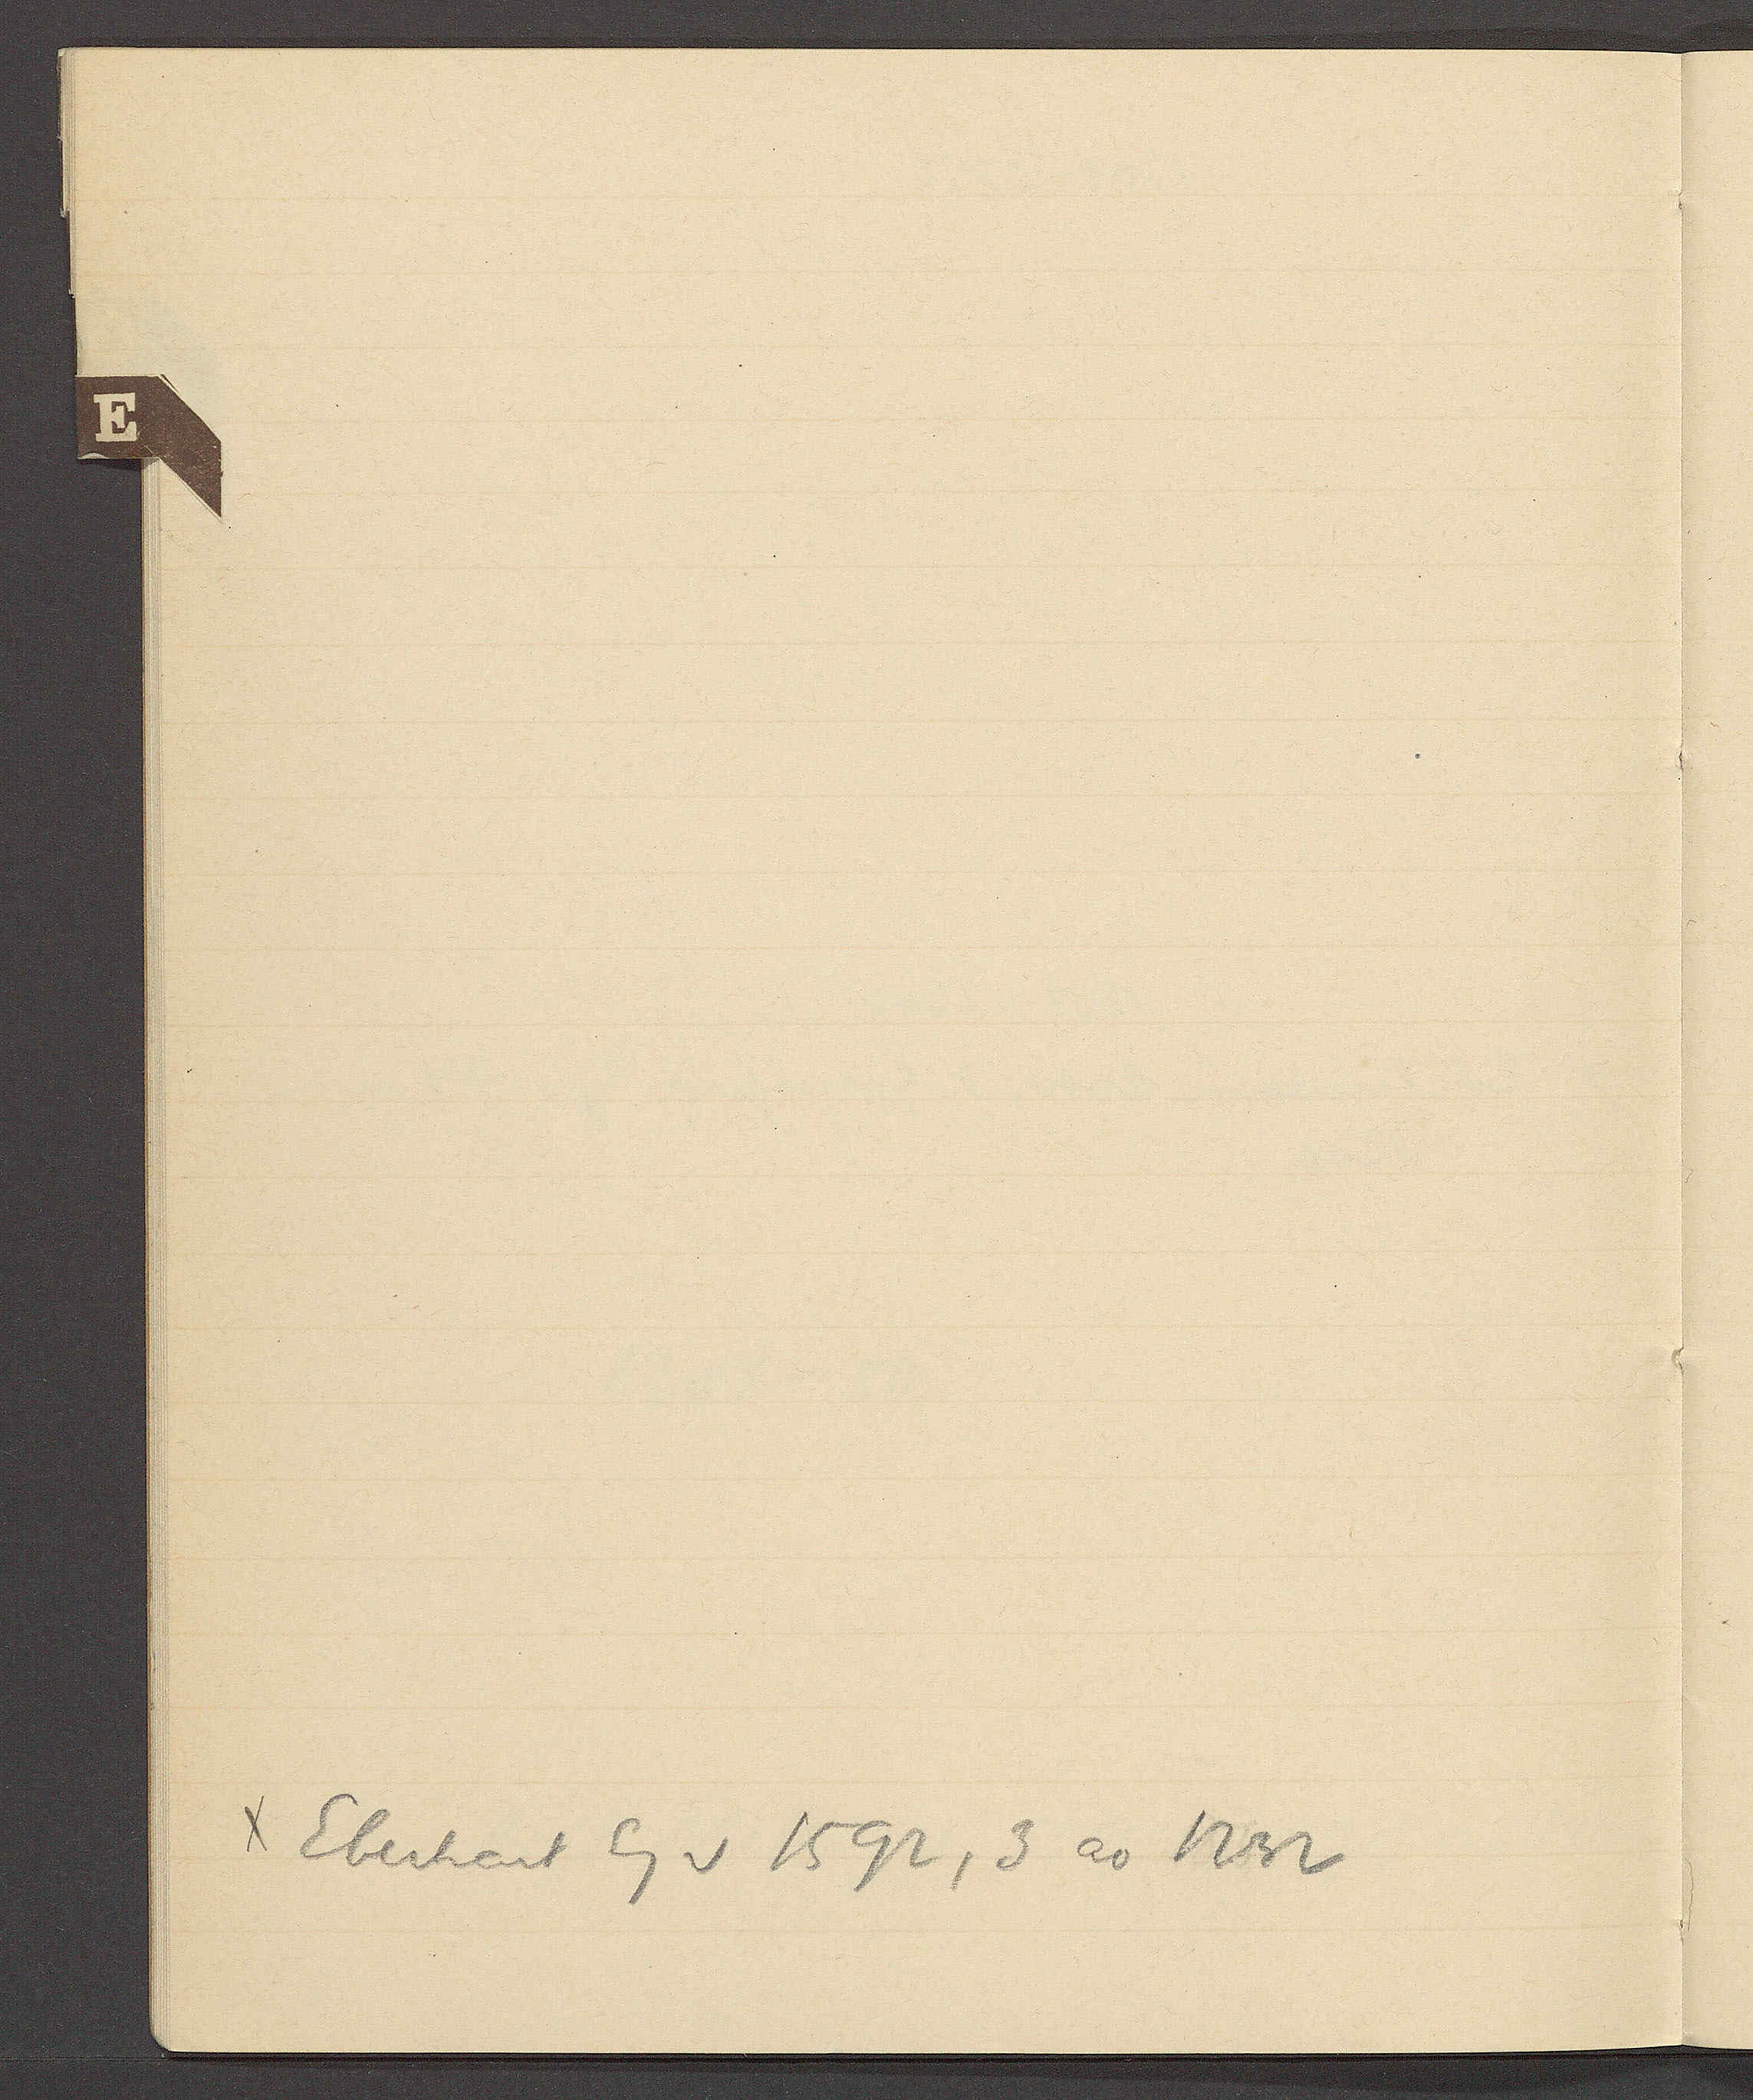
Transcript:
Eberhart Eg v 1592, 3 ao 1232